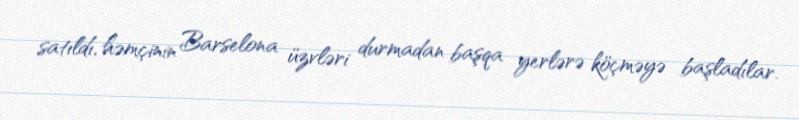
satıldı, həmçinin Barselona üzvləri durmadan başqa yerlərə köçməyə başladılar.